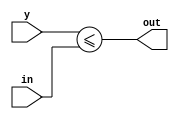
module Atan2_Select(in, y, out);

parameter BW_INPUT = 16; // parameterize this outside this module

input [BW_INPUT-1:0] in;
input [BW_INPUT-1:0] y;

output out;

assign out = (y <= in);

endmodule